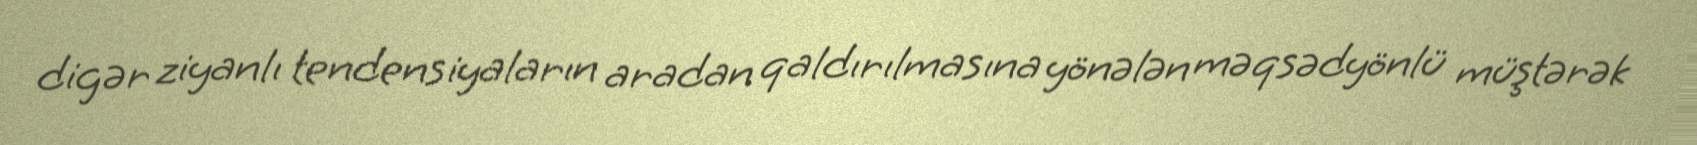
digər ziyanlı tendensiyaların aradan qaldırılmasına yönələn məqsədyönlü müştərək